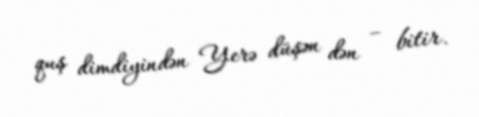
quş dimdiyindən Yerə düşən dən – bitir.